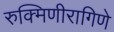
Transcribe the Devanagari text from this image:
रुक्मिणीरागिणे